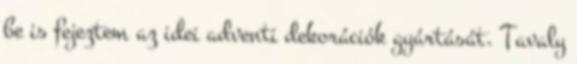
be is fejeztem az idei adventi dekorációk gyártását. Tavaly